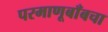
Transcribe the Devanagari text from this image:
परमाणूबाँबचा